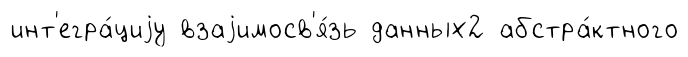
инт'егра́циjу взаjимосв'я́зь данных2 абстра́ктного